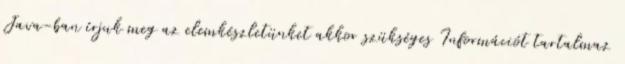
Java-ban írjuk meg az elemkészletünket akkor szükséges Információt tartalmaz